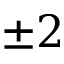
\pm 2